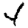
Digit: 4